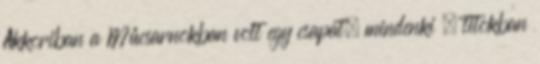
Akkoriban a Műcsarnokban volt egy csapat, mindenki – titokban